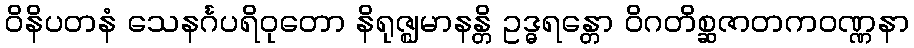
ဝိနိပတနံ သေနင်္ဂပရိဝုတော နိရုဇ္ဈမာနန္တိ ဥဒ္ဓရန္တော ဝိဂတိစ္ဆဇာတကဝဏ္ဏနာ